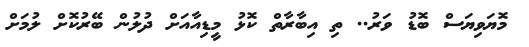
މޮޔަވިޔަސް ބޮޑު ވަރު.. ތި އިބާރާތް ކޮޅު މީޑިއާއަށް ދުލުން ބޭރުކޮށް ލުމަށް